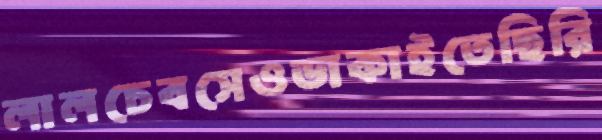
লালচেবসেওডাকাইতেছিরি